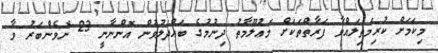
މިކަމަށް ކުރިމަތިލައްވާ ފަރާތްތަކަށް މަޢުލޫމާތު ދިނުމުގެ ބައްދަލުވުން އޮންނާނީ 23 ނޮވެންބަރު ވާ